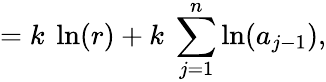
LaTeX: =k\ \ln(r)+k\ \sum_{j=1}^{n}\ln(a_{j-1}),